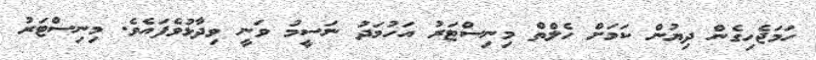
ހަމަޖެހިގެން ދިޔުން ކަމަށް ހެލްތް މިނިސްޓަރު އަހުމަދު ނަސީމު ވަނީ ވިދާޅުވެފައެވެ. މިނިސްޓަރު